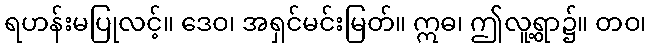
ရဟန်းမပြုလင့်။ ဒေဝ၊ အရှင်မင်းမြတ်။ ဣဓ၊ ဤလူ့ရွာ၌။ တဝ၊